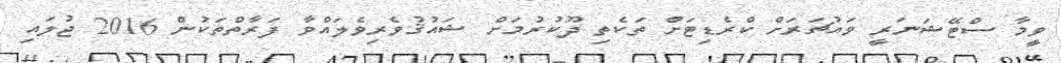
ވީމާ ސްޓޭޝަނަރީ ވައުޗަރަށް ކްރެޑިޓަށް ތަކެތި ދޫކުރުމަށް ޝައުޤުވެރިވެލައްވާ ފަރާތްތަކުން 2016 ޖުލައި